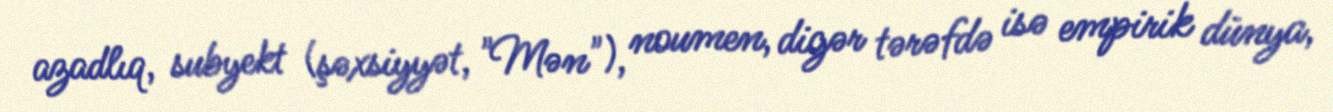
azadlıq, subyekt (şəxsiyyət, "Mən"), noumen, digər tərəfdə isə empirik dünya,